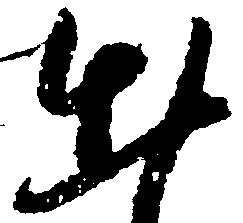
出